Annual report on the Civil Veterinary Department, Burma (including the Insein Veterinary School) - 1910-1922
Year: 1910
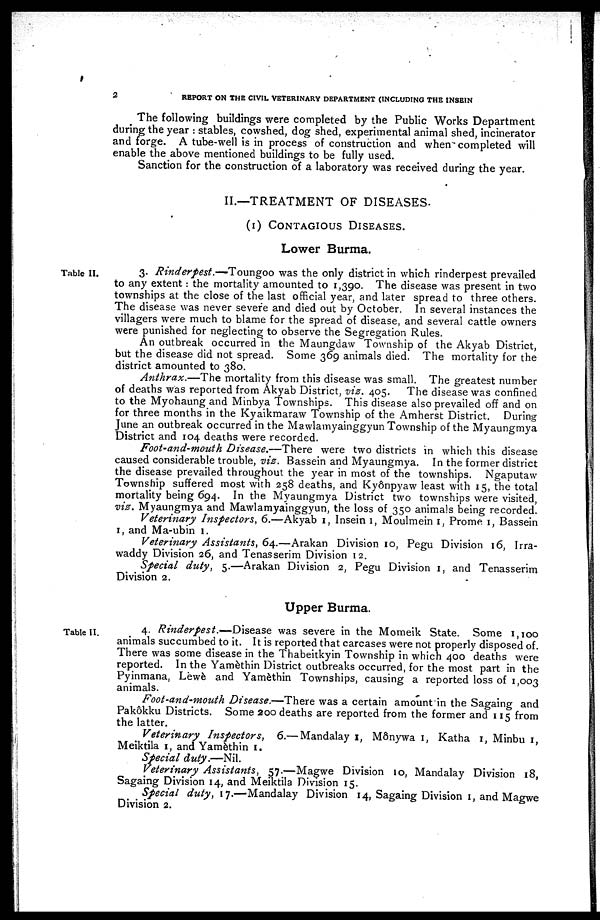
2
REPORT ON THE CIVIL VETERINARY DEPARTMENT (INCLUDING THE INSEIN
The following buildings were completed by the Public Works Department
during the year: stables, cowshed, dog shed, experimental animal shed, incinerator
and forge. A tube-well is in process of construction and when completed will
enable the above mentioned buildings to be fully used.
Sanction for the construction of a laboratory was received during the year.
II.—TREATMENT OF DISEASES.
(1) CONTAGIOUS DISEASES.
Lower Burma.
Table II.
3. Rinderpest.— Toungoo was the only district in which rinderpest prevailed
to any extent: the mortality amounted to 1,390. The disease was present in two
townships at the close of the last official year, and later spread to three others.
The disease was never severe and died out by October. In several instances the
villagers were much to blame for the spread of disease, and several cattle owners
were punished for neglecting to observe the Segregation Rules.
An outbreak occurred in the Maungdaw Township of the Akyab District,
but the disease did not spread. Some 369 animals died. The mortality for the
district amounted to 380.
Anthrax.—The mortality from this disease was small. The greatest number
of deaths was reported from Akyab District, viz. 405. The disease was confined
to the Myohaung and Minbya Townships. This disease also prevailed off and on
for three months in the Kyaikmaraw Township of the Amherst District. During
June an outbreak occurred in the Mawlamyainggyun Township of the Myaungmya
District and 104 deaths were recorded.
Foot-and-mouth Disease.—There were two districts in which this disease
caused considerable trouble, viz. Bassein and Myaungmya. In the former district
the disease prevailed throughout the year in most of the townships. Ngaputaw
Township suffered most with 258 deaths, and Kyônpyaw least with 15, the total
mortality being 694. In the Myaungmya District two townships were visited,
viz. Myaungmya and Mawlamyainggyun, the loss of 350 animals being recorded.
Veterinary Inspectors, 6.—Akyab 1, Insein 1, Moulmein 1, Prome 1, Bassein
1, and Ma-ubin 1.
Veterinary Assistants, 64.—Arakan Division 10, Pegu Division 16, Irra-
waddy Division 26, and Tenasserim Division 12.
Special duty, 5.—Arakan Division 2, Pegu Division 1, and Tenasserim
Division 2.
Upper Burma.
Table II.
4. Rinderpest.—Disease was severe in the Momeik State. Some 1,100
animals succumbed to it. It is reported that carcases were not properly disposed of.
There was some disease in the Thabeitkyin Township in which 400 deaths were
reported. In the Yamèthin District outbreaks occurred, for the most part in the
Pyinmana, Lewè and Yamèthin Townships, causing a reported loss of 1,003
animals.
Foot-and-mouth Disease.—There was a certain amount in the Sagaing and
Pak6kku Districts. Some 200 deaths are reported from the former and 115 from
the latter.
Veterinary Inspectors, 6.— Mandalay 1, Mônywa 1, Katha 1, Minbu 1,
Meiktila 1, and Yamèthin 1.
Special duty.—Nil.
Veterinary Assistants, 57.—Magwe Division 10, Mandalay Division 18,
Sagaing Division 14, and Meiktila Division 15.
Special duty, 17.—Mandalay Division 14, Sagaing Division 1, and Magwe
Division 2.